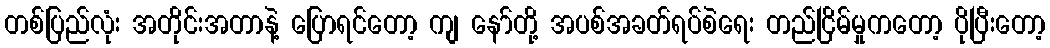
တစ်ပြည်လုံး အတိုင်းအတာနဲ့ ပြောရင်တော့ ကျ နော်တို့ အပစ်အခတ်ရပ်စဲရေး တည်ငြိမ်မှုကတော့ ပိုပြီးတော့